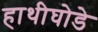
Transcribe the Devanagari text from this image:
हाथीघोडे